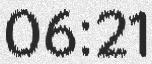
06:21